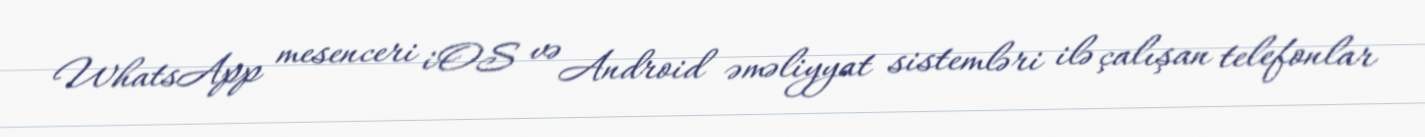
WhatsApp mesenceri iOS və Android əməliyyat sistemləri ilə çalışan telefonlar